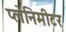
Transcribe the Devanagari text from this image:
प्लेनिमीटर